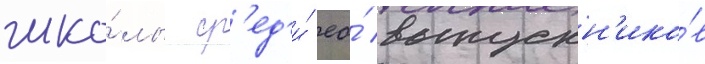
шко́лы ср'ед'и́ ео́ выпускн'ико́в